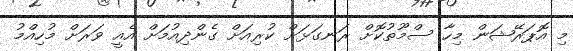
މި އޮޕަރޭޝަން މިހާ ސްމޫތުކޮށް ރަނގަޅަށް ކުރިއަށް ގެންދިއުމަށް އެއީ ވަރަށް މުހިއްމު